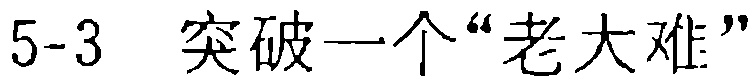
5-3 突破一个“老大难”